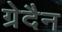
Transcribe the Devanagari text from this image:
ग्रेदैन